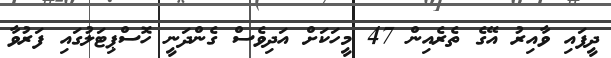
ދީފައި ވާއިރު އޭގެ ތެރެއިން 47 މީހަކަށް އަދިވެސް ގެންދަނީ ހޮސްޕިޓަލުގައި ފަރުވާ